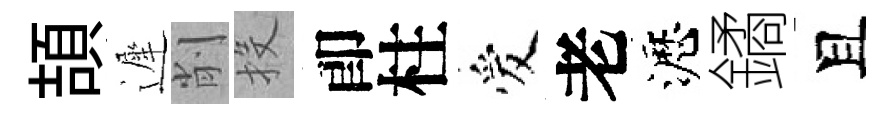
頡遲削投卽柱爱老瀝鐍且